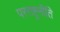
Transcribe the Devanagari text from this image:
परराष्ट्रनीति